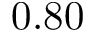
0 . 8 0